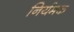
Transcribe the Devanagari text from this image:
निर्यमक